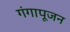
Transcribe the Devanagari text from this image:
गंगापूजन